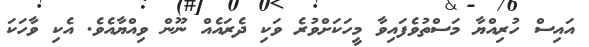
އައިސް ހުރިއްޔާ މަސްތުވެފައިވާ މީހަކަށްވުރެ ވަކި ދެރައެއް ނޫން ވިއްޔާއެވެ. އެކި ވާހަކަ